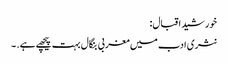
خورشید اقبال:
نثری ادب میں مغربی بنگال بہت پیچھے ہے. ۔